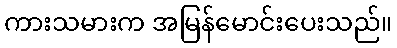
ကားသမားက အမြန်မောင်းပေးသည်။